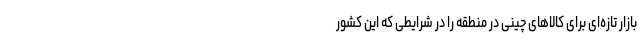
بازار تازه‌ای برای کالاهای چینی در منطقه را در شرایطی که این کشور